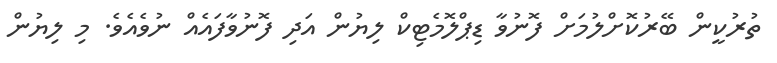
ތުރުކީން ބޭރުކޮށްލުމަށް ފޮނުވާ ޑިޕްލޮމެޓިކް ލިޔުން އަދި ފޮނުވާފައެއް ނުވެއެވެ. މި ލިޔުން